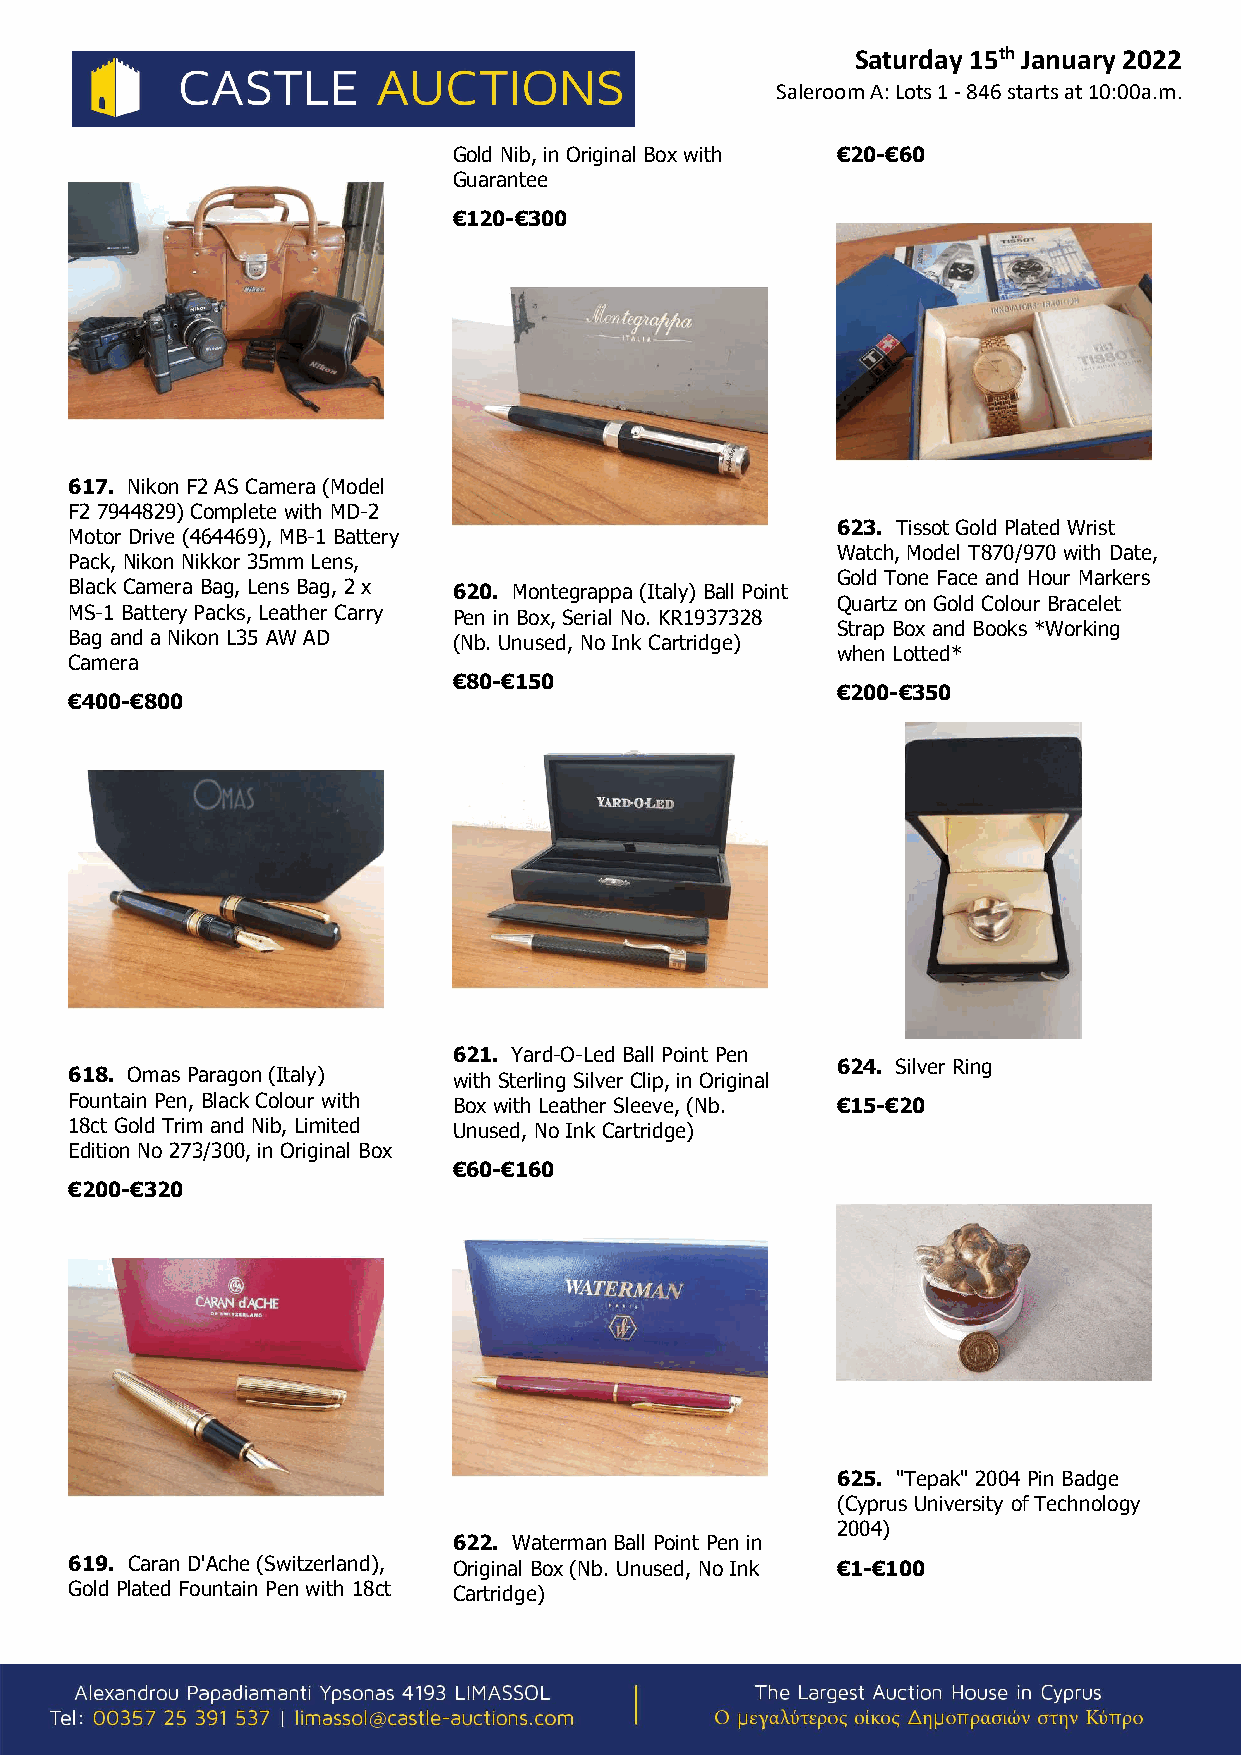
Saturday 15th January 2022
 Saleroom A: Lots 1 - 846 starts at 10:00a.m.
 Gold Nib, in Original Box with €20-€60
 Guarantee
 €120-€300
 617. Nikon F2 AS Camera (Model
 F2 7944829) Complete with MD-2
 623. Tissot Gold Plated Wrist
 Motor Drive (464469), MB-1 Battery
 Watch, Model T870/970 with Date,
 Pack, Nikon Nikkor 35mm Lens,
 Gold Tone Face and Hour Markers
 Black Camera Bag, Lens Bag, 2 x 620. Montegrappa (Italy) Ball Point
 Quartz on Gold Colour Bracelet
 MS-1 Battery Packs, Leather Carry Pen in Box, Serial No. KR1937328
 Strap Box and Books *Working
 Bag and a Nikon L35 AW AD (Nb. Unused, No Ink Cartridge)
 when Lotted*
 Camera
 €80-€150
 €200-€350
 €400-€800
 621. Yard-O-Led Ball Point Pen
 624. Silver Ring
 618. Omas Paragon (Italy) with Sterling Silver Clip, in Original
 Fountain Pen, Black Colour with Box with Leather Sleeve, (Nb. €15-€20
 18ct Gold Trim and Nib, Limited Unused, No Ink Cartridge)
 Edition No 273/300, in Original Box
 €60-€160
 €200-€320
 625. "Tepak" 2004 Pin Badge
 (Cyprus University of Technology
 2004)
 622. Waterman Ball Point Pen in
 619. Caran D'Ache (Switzerland), Original Box (Nb. Unused, No Ink €1-€100
 Gold Plated Fountain Pen with 18ct Cartridge)